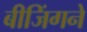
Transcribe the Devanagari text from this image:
बीजिंगने